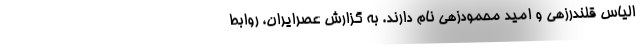
الیاس قلندرزهی و امید محمودزهی نام دارند. به گزارش عصرایران، روابط